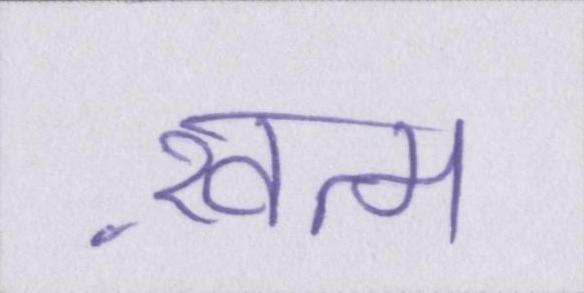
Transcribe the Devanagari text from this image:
ख़त्म